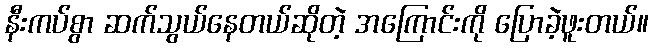
နီးကပ်စွာ ဆက်သွယ်နေတယ်ဆိုတဲ့ အကြောင်းကို ပြောခဲ့ဖူးတယ်။